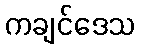
ကချင်ဒေသ